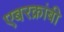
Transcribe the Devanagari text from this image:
एबरक्रांबी